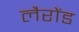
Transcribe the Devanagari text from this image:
लैरोंड